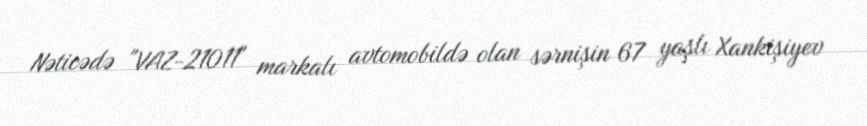
Nəticədə "VAZ-21011" markalı avtomobildə olan sərnişin 67 yaşlı Xankişiyev